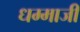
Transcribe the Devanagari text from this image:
धम्माजी